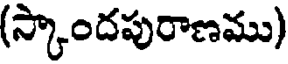
(స్కాందపురాణము)